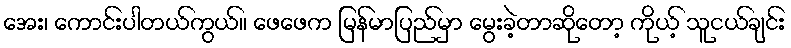
အေး၊ ကောင်းပါတယ်ကွယ်။ ဖေဖေက မြန်မာပြည်မှာ မွေးခဲ့တာဆိုတော့ ကိုယ့် သူငယ်ချင်း